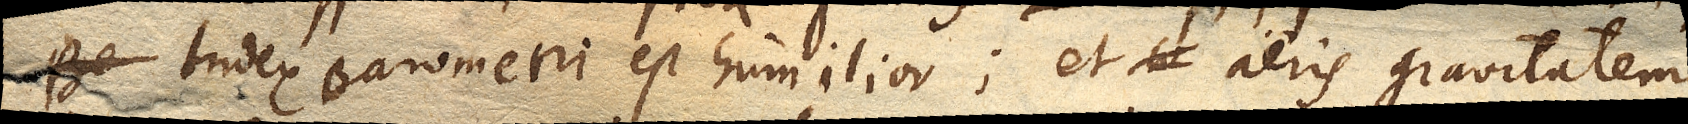
Index Barometri est humilior; et aeris gravitatem